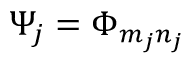
\Psi _ { j } = \Phi _ { m _ { j } n _ { j } }